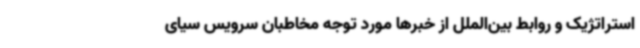
استراتژیک و روابط بین‌الملل از خبرها مورد توجه مخاطبان سرویس سیای